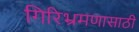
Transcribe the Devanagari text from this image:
गिरिभ्रमणासाठी